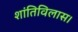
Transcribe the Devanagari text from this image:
शांतिविलास।